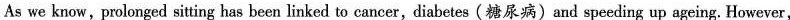
As we know,prolonged sit ing has been linked to cancer, diabetes (糖尿病)and speeding up ageing. However,